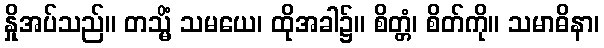
နှိုအပ်သည်။ တသ္မိံ သမယေ၊ ထိုအခါ၌။ စိတ္တံ၊ စိတ်ကို။ သမာဓိနာ၊